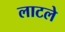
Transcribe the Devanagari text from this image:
लाटले